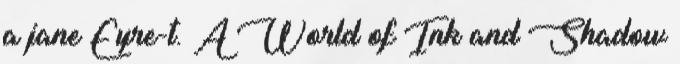
a jane Eyre-t. A World of Ink and Shadow